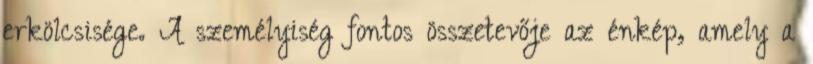
erkölcsisége. A személyiség fontos összetevője az énkép, amely a